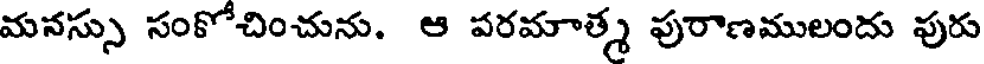
మనస్సు సంకోచించును. ఆ పరమాత్మ పురాణములందు పురు